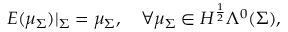
E ( \mu _ { \Sigma } ) | _ { \Sigma } = \mu _ { \Sigma } , \quad \forall \mu _ { \Sigma } \in H ^ { \frac { 1 } { 2 } } \Lambda ^ { 0 } ( \Sigma ) ,